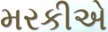
મરકીએ